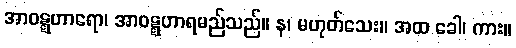
အာဝဋ္ဋဟာရော၊ အာဝဋ္ဋဟာရမည်သည်။ န၊ မဟုတ်သေး။ အထ ခေါ၊ ကား။